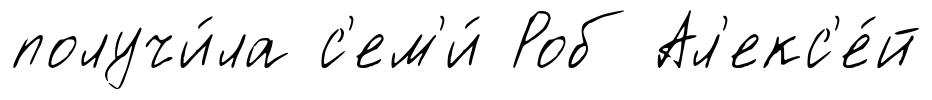
получи́ла с'ем'и́ Роб Ал'екс'е́й